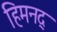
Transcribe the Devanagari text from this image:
हिमनद्